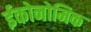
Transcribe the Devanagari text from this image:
ईकोनोमिक